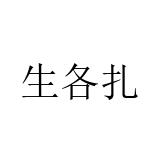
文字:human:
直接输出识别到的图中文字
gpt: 生各扎